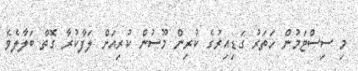
މި ސިސްޓަމުން ހަތަރު ގަޑިއިރުގެ ކުރިން މޫސުން ކުރިއަށް ލަފާކުރާ ގޮތް ބަލާލެވެ